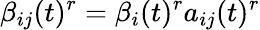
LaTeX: \beta_{ij}(t)^{r}=\beta_{i}(t)^{r}a_{ij}(t)^{r}